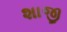
શાજી